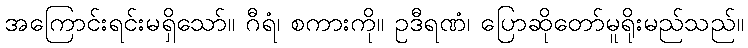
အကြောင်းရင်းမရှိသော်။ ဂီရံ၊ စကားကို။ ဥဒီရဏံ၊ ပြောဆိုတော်မူရိုးမည်သည်။